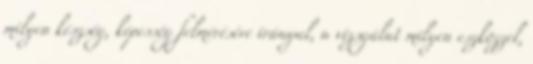
milyen készség, képesség felmérésére irányul, a vizsgálat milyen eszközzel,